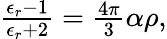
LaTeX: \begin{array}{r}{\frac{\epsilon_{r}-1}{\epsilon_{r}+2}=\frac{4\pi}{3}\alpha\rho,}\end{array}